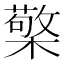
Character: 檠